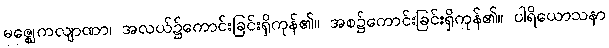
မဇ္ဈေကလျာဏာ၊ အလယ်၌ကောင်းခြင်းရှိကုန်၏။ အစ၌ကောင်းခြင်းရှိကုန်၏။ ပါရိယောသနာ